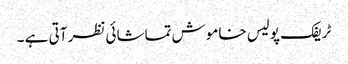
ٹریفک پولیس خاموش تماشائی نظر آتی ہے ۔